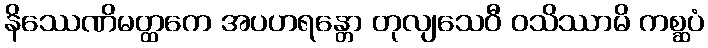
နိဿေဏိမတ္ထကေ အပဟရန္တော တုလျသေဝီ ဝသိဿာမိ ကစ္ဆပံ